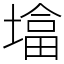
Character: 墖